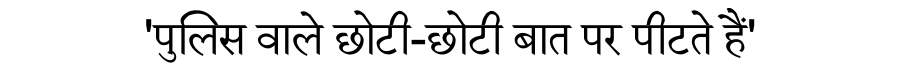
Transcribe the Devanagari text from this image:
'पुलिस वाले छोटी-छोटी बात पर पीटते हैं'